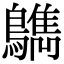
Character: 𪆳